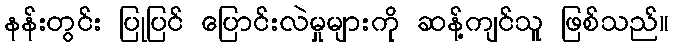
နန်းတွင်း ပြုပြင် ပြောင်းလဲမှုများကို ဆန့်ကျင်သူ ဖြစ်သည်။